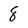
Character: 8